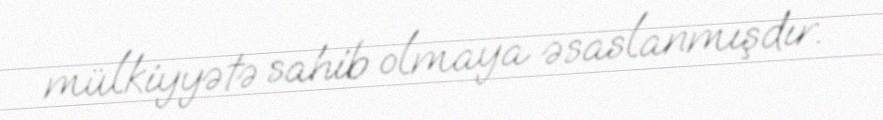
mülkiyyətə sahib olmaya əsaslanmışdır.